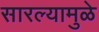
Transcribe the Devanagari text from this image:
सारल्यामुळे